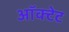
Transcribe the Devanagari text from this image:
ऑक्टेट